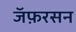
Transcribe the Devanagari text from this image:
जॅफ़रसन